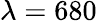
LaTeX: \lambda=680